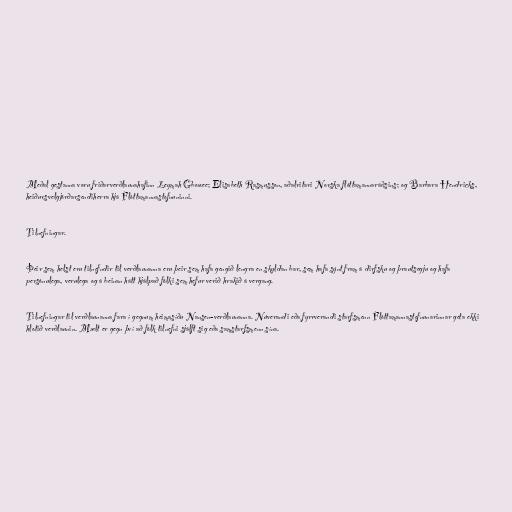
Meðal gestanna voru friðarverðlaunahafinn Leymah Gbowee; Elisabeth Rasmusson, aðalritari Norska flóttamannaráðsins; og Barbara Hendricks,
heiðursvelgjörðarsendiherra hjá Flóttamannastofnuninni.

Tilnefningar.

Þeir sem helst eru tilnefndir til verðlaunanna eru þeir sem hafa gengið lengra en skyldan bar, sem hafa sýnt fram á dirfsku og þrautsegju og hafa
persónulega, verulega og á beinan hátt hjálpað fólki sem hefur verið hrakið á vergang.

Tilnefningar til verðlaunanna fara í gegnum heimasíðu Nansen-verðlaunanna. Núverandi eða fyrrverandi starfsmenn Flóttamannastofnunarinnar geta ekki
hlotið verðlaunin. Mælt er gegn því að fólk tilnefni sjálft sig eða samstarfsmenn sína.